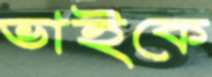
ভাইকে